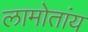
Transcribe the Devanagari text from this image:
लामोतांय